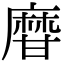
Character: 𤯌